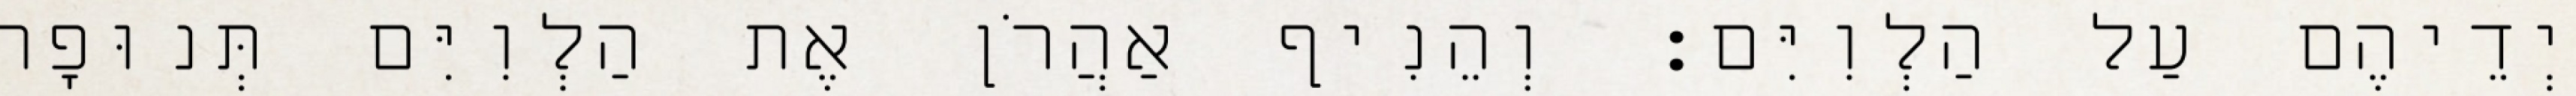
יְדֵיהֶם עַל הַלְוִיִּם׃ וְהֵנִיף אַהֲרֹן אֶת הַלְוִיִּם תְּנוּפָה